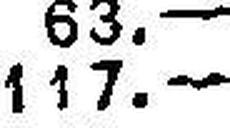
117.—